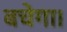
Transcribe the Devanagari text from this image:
बचेगा।